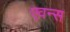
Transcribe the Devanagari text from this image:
एवन्स